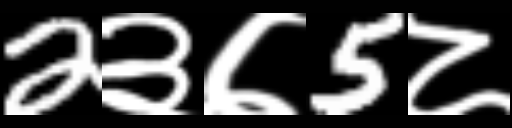
Text: 2३७5८